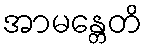
အာမန္တေတိ